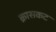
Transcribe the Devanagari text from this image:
क्रासकट